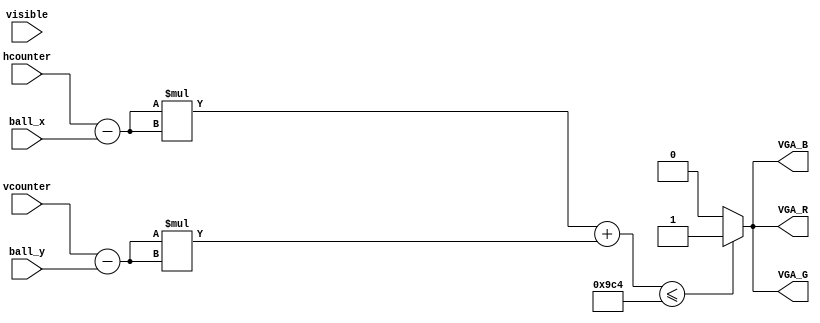
module draw_ball(
	input [10:0] vcounter,
	input [11:0] hcounter,
	input visible,
	input [10:0] ball_x, ball_y,
	output reg VGA_R,
	output reg VGA_G,
	output reg VGA_B
);

always @(*)
begin : circle
	integer dx, dy;
	dy = vcounter;
	dx = hcounter;
	dx = dx - ball_x;
	dy = dy - ball_y;
	
	if (dx*dx + dy*dy <= 2500) begin
		VGA_R = 1'b1;
		VGA_G = 1'b1;
		VGA_B = 1'b1;
	end
	else begin
		VGA_R = 1'b0;
		VGA_G = 1'b0;
		VGA_B = 1'b0;
	end
end

endmodule